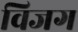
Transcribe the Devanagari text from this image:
विजग